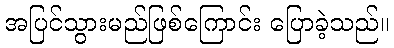
အပြင်သွားမည်ဖြစ်ကြောင်း ပြောခဲ့သည်။